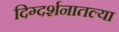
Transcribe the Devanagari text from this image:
दिग्दर्शनातल्या